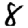
Digit: 8